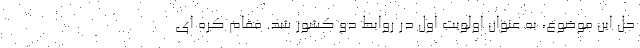
حل این موضوع، به عنوان اولویت اول در روابط دو کشور شد. مقام کره ای